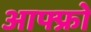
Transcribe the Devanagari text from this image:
आफ्फ्रो